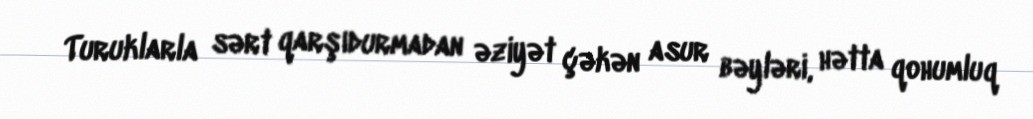
Turuklarla sərt qarşıdurmadan əziyət çəkən asur bəyləri, hətta qohumluq